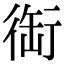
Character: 䘖